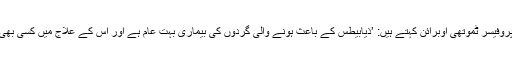
تحقیق کے سربراہ اور نیشنل یونیورسٹی آف آئرلینڈ کے پروفیسر ٹموتھی اوبرائن کہتے ہیں: ’ذیابیطس کے باعث ہونے والی گردوں کی بیماری بہت عام ہے اور اس کے علاج میں کسی بھی قسم کی پیش رفت کے قابلِ قدر اثرات سامنے آئیں گے۔